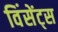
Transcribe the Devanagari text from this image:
विंसेंट्स